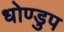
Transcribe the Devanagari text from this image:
धोण्डुप